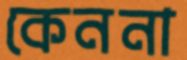
কেননা